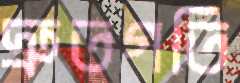
দ্রুতগতি